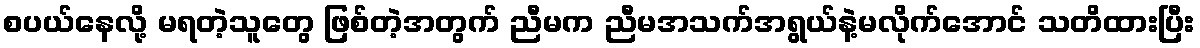
စပယ်နေလို့ မရတဲ့သူတွေ ဖြစ်တဲ့အတွက် ညီမက ညီမအသက်အရွယ်နဲ့မလိုက်အောင် သတိထားပြီး